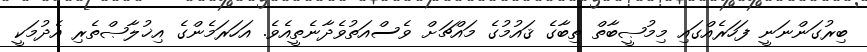
ބިރުގަންނަނީ ފަހަރެއްގައި މިމުޞީބާތް ތިބާގެ ޤައުމުގެ މައްޗަށް ވެސްއަތުވެދާނެތީއެވެ. އަހަރަމެންގެ އިޚުލާޞްތެރި އެދުމަކީ